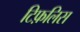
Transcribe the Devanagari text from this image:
टिफ़लिस